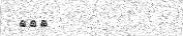
١٤٣